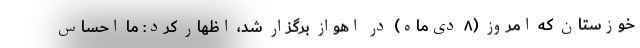
خوزستان که امروز (۸ دی‌ماه) در اهواز برگزار شد، اظهار کرد: ما احساس